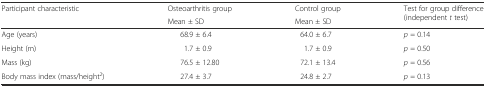
| <ROWSPAN=2> Participant characteristic | Osteoarthritis group | Control group | <ROWSPAN=2> Test for group difference (independent t test) |
 | Mean ± SD | Mean ± SD |
 | --- | --- | --- | --- |
 | Age (years) | 68.9 ± 6.4 | 64.0 ± 6.7 | p = 0.14 |
 | Height (m) | 1.7 ± 0.9 | 1.7 ± 0.9 | p = 0.50 |
 | Mass (kg) | 76.5 ± 12.80 | 72.1 ± 13.4 | p = 0.56 |
 | Body mass index (mass/height2) | 27.4 ± 3.7 | 24.8 ± 2.7 | p = 0.13 |